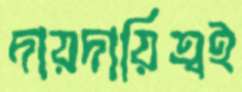
দায়দায়িত্বই